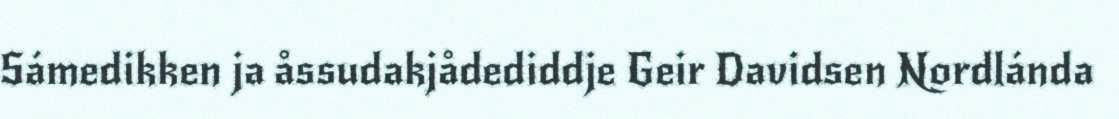
Sámedikken ja åssudakjådediddje Geir Davidsen Nordlánda